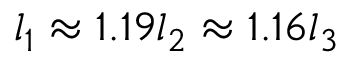
l _ { 1 } \approx 1 . 1 9 l _ { 2 } \approx 1 . 1 6 l _ { 3 }